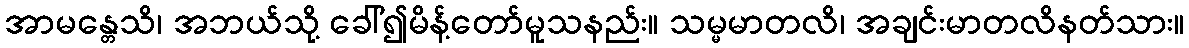
အာမန္တေသိ၊ အဘယ်သို့ ခေါ်၍မိန့်တော်မူသနည်း။ သမ္မမာတလိ၊ အချင်းမာတလိနတ်သား။